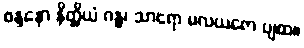
စန္ဒနော နိတ္ထိယံ ဂန္ဓ၊ သာရော မလယဇော ပျထ။